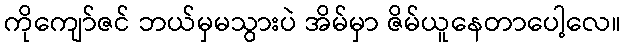
ကိုကျော်ဇင် ဘယ်မှမသွားပဲ အိမ်မှာ ဇိမ်ယူနေတာပေါ့လေ။